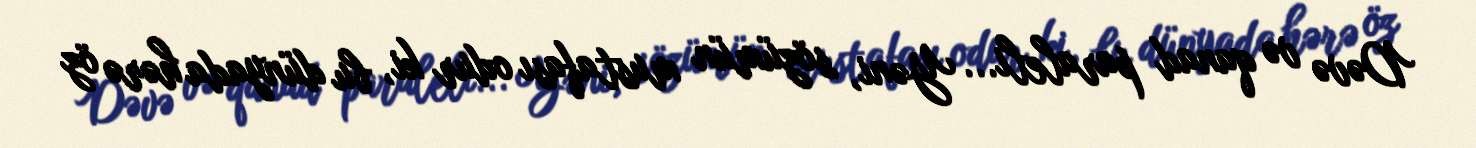
Dəvə və qanad paraleli... Yəni, sözümün mustafası odur ki, bu dünyada hərə öz